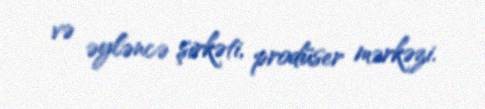
və əyləncə şirkəti, prodüser mərkəzi.